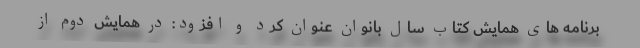
برنامه های همایش کتاب سال بانوان عنوان کرد و افزود: در همایش دوم از